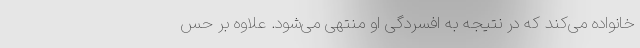
خانواده می‌کند که در نتیجه به افسردگی او منتهی می‌شود. علاوه بر حس